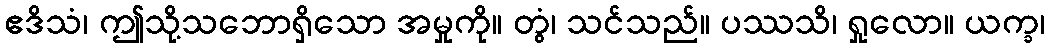
ဧဒိသံ၊ ဤသို့သဘောရှိသော အမှုကို။ တွံ၊ သင်သည်။ ပဿသိ၊ ရှုလော။ ယက္ခ၊